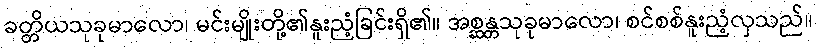
ခတ္တိယသုခုမာလော၊ မင်းမျိုးတို့၏နူးညံ့ခြင်းရှိ၏။ အစ္ဆန္တသုခုမာလော၊ စင်စစ်နူးညံ့လှသည်။